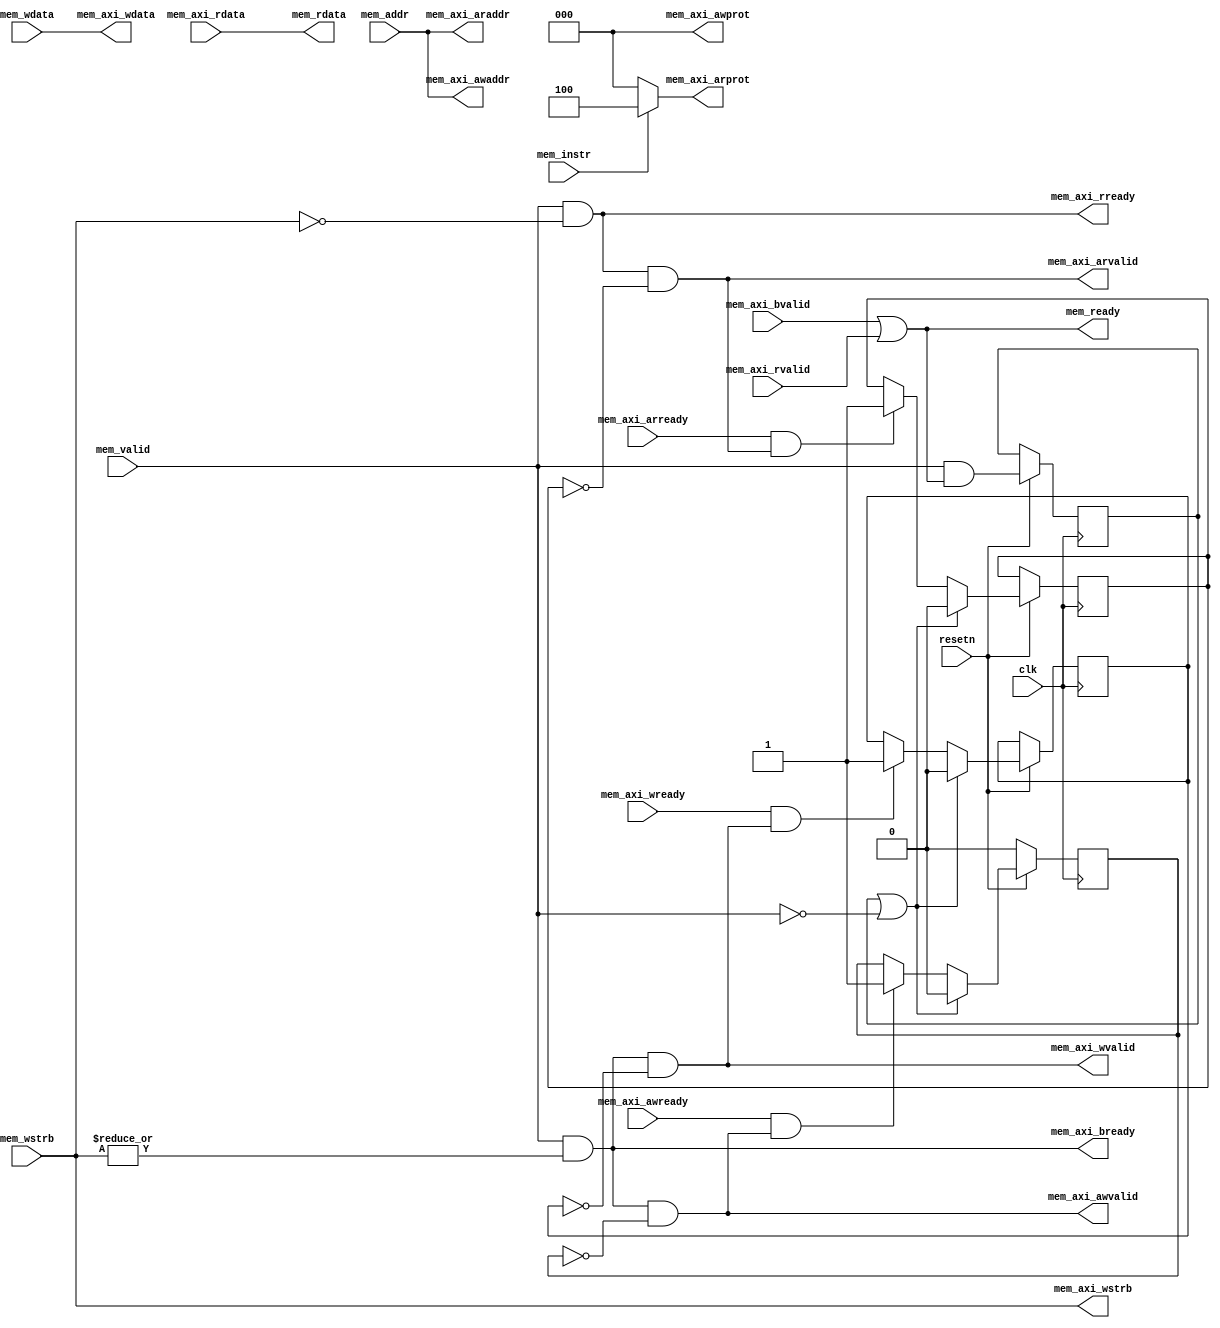
//The file is basically copied from picorv32.v
//for the bus we use is bascially the same

module vigna_axi_adapter (
	input clk, resetn,

	// AXI4-lite master memory interface

	output        mem_axi_awvalid,
	input         mem_axi_awready,
	output [31:0] mem_axi_awaddr,
	output [ 2:0] mem_axi_awprot,

	output        mem_axi_wvalid,
	input         mem_axi_wready,
	output [31:0] mem_axi_wdata,
	output [ 3:0] mem_axi_wstrb,

	input         mem_axi_bvalid,
	output        mem_axi_bready,

	output        mem_axi_arvalid,
	input         mem_axi_arready,
	output [31:0] mem_axi_araddr,
	output [ 2:0] mem_axi_arprot,

	input         mem_axi_rvalid,
	output        mem_axi_rready,
	input  [31:0] mem_axi_rdata,

	// Native memory interface

	input         mem_valid,
	input         mem_instr,
	output        mem_ready,
	input  [31:0] mem_addr,
	input  [31:0] mem_wdata,
	input  [ 3:0] mem_wstrb,
	output [31:0] mem_rdata
);
	reg ack_awvalid;
	reg ack_arvalid;
	reg ack_wvalid;
	reg xfer_done;

	assign mem_axi_awvalid = mem_valid && |mem_wstrb && !ack_awvalid;
	assign mem_axi_awaddr = mem_addr;
	assign mem_axi_awprot = 0;

	assign mem_axi_arvalid = mem_valid && !mem_wstrb && !ack_arvalid;
	assign mem_axi_araddr = mem_addr;
	assign mem_axi_arprot = mem_instr ? 3'b100 : 3'b000;

	assign mem_axi_wvalid = mem_valid && |mem_wstrb && !ack_wvalid;
	assign mem_axi_wdata = mem_wdata;
	assign mem_axi_wstrb = mem_wstrb;

	assign mem_ready = mem_axi_bvalid || mem_axi_rvalid;
	assign mem_axi_bready = mem_valid && |mem_wstrb;
	assign mem_axi_rready = mem_valid && !mem_wstrb;
	assign mem_rdata = mem_axi_rdata;

	always @(posedge clk) begin
		if (!resetn) begin
			ack_awvalid <= 0;
		end else begin
			xfer_done <= mem_valid && mem_ready;
			if (mem_axi_awready && mem_axi_awvalid)
				ack_awvalid <= 1;
			if (mem_axi_arready && mem_axi_arvalid)
				ack_arvalid <= 1;
			if (mem_axi_wready && mem_axi_wvalid)
				ack_wvalid <= 1;
			if (xfer_done || !mem_valid) begin
				ack_awvalid <= 0;
				ack_arvalid <= 0;
				ack_wvalid <= 0;
			end
		end
	end
endmodule